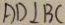
A D \bot B C